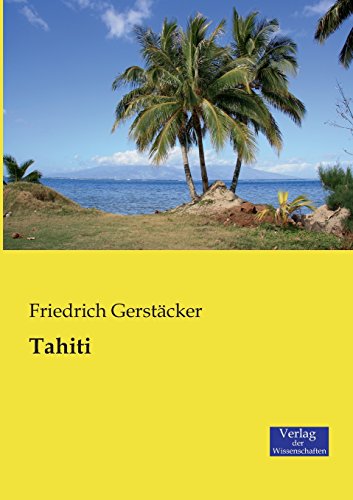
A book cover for Tahiti (German Edition); Friedrich GerstÃ¤cker; Travel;